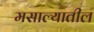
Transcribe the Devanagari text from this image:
मसाल्यातील